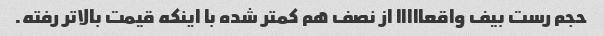
حجم رست بیف واقعااااا از نصف هم کمتر شده با اینکه قیمت بالاتر رفته.